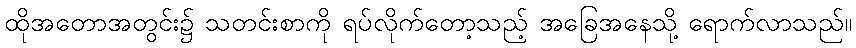
ထိုအတောအတွင်း၌ သတင်းစာကို ရပ်လိုက်တော့သည့် အခြေအနေသို့ ရောက်လာသည်။